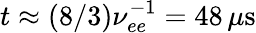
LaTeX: t\approx(8/3)\nu_{ee}^{-1}=48\, \mu\mathrm{s}